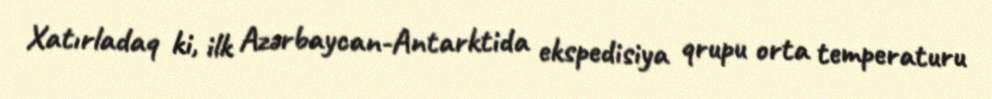
Xatırladaq ki, ilk Azərbaycan-Antarktida ekspedisiya qrupu orta temperaturu